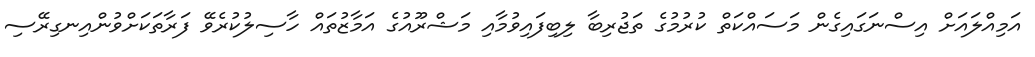
އަމިއްލައަށް އިސްނަގައިގެން މަސައްކަތް ކުރުމުގެ ތަޖުރިބާ ލިބިފައިވުމާއި މަޝްރޫއުގެ އަމާޒުތައް ހާސިލުކުރެވޭ ފަރާތަކަށްވުންއިނގިރޭސި